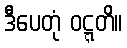
ဒီပေတုံ ဝဋ္ဋတိ။